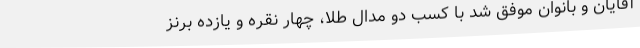
آقایان و بانوان موفق شد با کسب دو مدال طلا، چهار نقره و یازده برنز